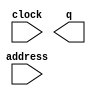
// megafunction wizard: %ROM: 1-PORT%VBB%
// GENERATION: STANDARD
// VERSION: WM1.0
// MODULE: altsyncram 

// ============================================================
// Megafunction Name(s):
// 			altsyncram
//
// Simulation Library Files(s):
// 			altera_mf
// ============================================================
// ************************************************************
// THIS IS A WIZARD-GENERATED FILE. DO NOT EDIT THIS FILE!
//
// 18.1.0 Build 625 09/12/2018 SJ Lite Edition
// ************************************************************

//Copyright (C) 2018  Intel Corporation. All rights reserved.
//Your use of Intel Corporation's design tools, logic functions 
//and other software and tools, and its AMPP partner logic 
//functions, and any output files from any of the foregoing 
//(including device programming or simulation files), and any 
//associated documentation or information are expressly subject 
//to the terms and conditions of the Intel Program License 
//Subscription Agreement, the Intel Quartus Prime License Agreement,
//the Intel FPGA IP License Agreement, or other applicable license
//agreement, including, without limitation, that your use is for
//the sole purpose of programming logic devices manufactured by
//Intel and sold by Intel or its authorized distributors.  Please
//refer to the applicable agreement for further details.

module pi1_large_bit3 (
	address,
	clock,
	q);

	input	[9:0]  address;
	input	  clock;
	output	[12:0]  q;
`ifndef ALTERA_RESERVED_QIS
// synopsys translate_off
`endif
	tri1	  clock;
`ifndef ALTERA_RESERVED_QIS
// synopsys translate_on
`endif

endmodule

// ============================================================
// CNX file retrieval info
// ============================================================
// Retrieval info: PRIVATE: ADDRESSSTALL_A NUMERIC "0"
// Retrieval info: PRIVATE: AclrAddr NUMERIC "0"
// Retrieval info: PRIVATE: AclrByte NUMERIC "0"
// Retrieval info: PRIVATE: AclrOutput NUMERIC "0"
// Retrieval info: PRIVATE: BYTE_ENABLE NUMERIC "0"
// Retrieval info: PRIVATE: BYTE_SIZE NUMERIC "8"
// Retrieval info: PRIVATE: BlankMemory NUMERIC "0"
// Retrieval info: PRIVATE: CLOCK_ENABLE_INPUT_A NUMERIC "0"
// Retrieval info: PRIVATE: CLOCK_ENABLE_OUTPUT_A NUMERIC "0"
// Retrieval info: PRIVATE: Clken NUMERIC "0"
// Retrieval info: PRIVATE: IMPLEMENT_IN_LES NUMERIC "0"
// Retrieval info: PRIVATE: INIT_FILE_LAYOUT STRING "PORT_A"
// Retrieval info: PRIVATE: INIT_TO_SIM_X NUMERIC "0"
// Retrieval info: PRIVATE: INTENDED_DEVICE_FAMILY STRING "Cyclone V"
// Retrieval info: PRIVATE: JTAG_ENABLED NUMERIC "0"
// Retrieval info: PRIVATE: JTAG_ID STRING "NONE"
// Retrieval info: PRIVATE: MAXIMUM_DEPTH NUMERIC "0"
// Retrieval info: PRIVATE: MIFfilename STRING "pi1_large_bit3.mif"
// Retrieval info: PRIVATE: NUMWORDS_A NUMERIC "1024"
// Retrieval info: PRIVATE: RAM_BLOCK_TYPE NUMERIC "0"
// Retrieval info: PRIVATE: RegAddr NUMERIC "1"
// Retrieval info: PRIVATE: RegOutput NUMERIC "0"
// Retrieval info: PRIVATE: SYNTH_WRAPPER_GEN_POSTFIX STRING "0"
// Retrieval info: PRIVATE: SingleClock NUMERIC "1"
// Retrieval info: PRIVATE: UseDQRAM NUMERIC "0"
// Retrieval info: PRIVATE: WidthAddr NUMERIC "10"
// Retrieval info: PRIVATE: WidthData NUMERIC "13"
// Retrieval info: PRIVATE: rden NUMERIC "0"
// Retrieval info: LIBRARY: altera_mf altera_mf.altera_mf_components.all
// Retrieval info: CONSTANT: ADDRESS_ACLR_A STRING "NONE"
// Retrieval info: CONSTANT: CLOCK_ENABLE_INPUT_A STRING "BYPASS"
// Retrieval info: CONSTANT: CLOCK_ENABLE_OUTPUT_A STRING "BYPASS"
// Retrieval info: CONSTANT: INIT_FILE STRING "pi1_large_bit3.mif"
// Retrieval info: CONSTANT: INTENDED_DEVICE_FAMILY STRING "Cyclone V"
// Retrieval info: CONSTANT: LPM_HINT STRING "ENABLE_RUNTIME_MOD=NO"
// Retrieval info: CONSTANT: LPM_TYPE STRING "altsyncram"
// Retrieval info: CONSTANT: NUMWORDS_A NUMERIC "1024"
// Retrieval info: CONSTANT: OPERATION_MODE STRING "ROM"
// Retrieval info: CONSTANT: OUTDATA_ACLR_A STRING "NONE"
// Retrieval info: CONSTANT: OUTDATA_REG_A STRING "UNREGISTERED"
// Retrieval info: CONSTANT: WIDTHAD_A NUMERIC "10"
// Retrieval info: CONSTANT: WIDTH_A NUMERIC "13"
// Retrieval info: CONSTANT: WIDTH_BYTEENA_A NUMERIC "1"
// Retrieval info: USED_PORT: address 0 0 10 0 INPUT NODEFVAL "address[9..0]"
// Retrieval info: USED_PORT: clock 0 0 0 0 INPUT VCC "clock"
// Retrieval info: USED_PORT: q 0 0 13 0 OUTPUT NODEFVAL "q[12..0]"
// Retrieval info: CONNECT: @address_a 0 0 10 0 address 0 0 10 0
// Retrieval info: CONNECT: @clock0 0 0 0 0 clock 0 0 0 0
// Retrieval info: CONNECT: q 0 0 13 0 @q_a 0 0 13 0
// Retrieval info: GEN_FILE: TYPE_NORMAL pi1_large_bit3.v TRUE
// Retrieval info: GEN_FILE: TYPE_NORMAL pi1_large_bit3.inc FALSE
// Retrieval info: GEN_FILE: TYPE_NORMAL pi1_large_bit3.cmp FALSE
// Retrieval info: GEN_FILE: TYPE_NORMAL pi1_large_bit3.bsf FALSE
// Retrieval info: GEN_FILE: TYPE_NORMAL pi1_large_bit3_inst.v FALSE
// Retrieval info: GEN_FILE: TYPE_NORMAL pi1_large_bit3_bb.v TRUE
// Retrieval info: LIB_FILE: altera_mf